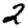
Digit: 2